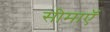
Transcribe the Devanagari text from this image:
सीमाएॅ